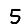
Digit: 5